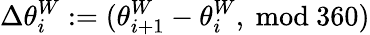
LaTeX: \Delta\theta_{i}^{W}:=(\theta_{i+1}^{W}-\theta_{i}^{W},\ \mathrm{mod}\ 360)